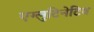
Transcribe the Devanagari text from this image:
एग्लुटिनेटिव